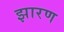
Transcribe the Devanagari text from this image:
झारण